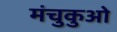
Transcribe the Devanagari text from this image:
मंचुकुओ